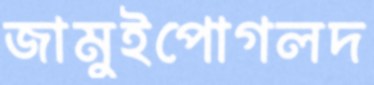
জামুইপোগলদ